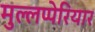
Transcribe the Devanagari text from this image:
मुल्लप्पेरियार